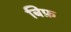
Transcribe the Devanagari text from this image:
बिफ़